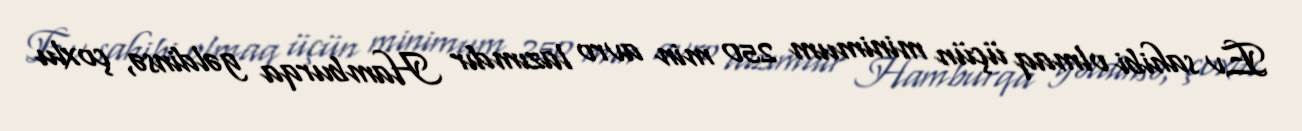
Ev sahibi olmaq üçün minimum 250 min avro lazımdır Hamburqa gəldinsə, çoxlu